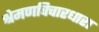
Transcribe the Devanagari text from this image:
श्रेमणविचारधारा